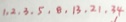
1 . 2 . 3 . 5 . 8 . 1 3 . 2 1 . 3 4